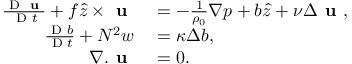
\begin{array} { r l } { \frac { \textnormal { D } \textbf { u } } { \textnormal { D } t } + f \hat { z } \times \textbf { u } } & { { } = - \frac { 1 } { \rho _ { 0 } } \nabla p + b \hat { z } + \nu \Delta \textbf { u } , } \\ { \frac { \textnormal { D } b } { \textnormal { D } t } + N ^ { 2 } w } & { { } = \kappa \Delta b , } \\ { \nabla . \textbf { u } } & { { } = 0 . } \end{array}